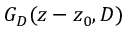
G _ { D } ( z - z _ { 0 } , D )